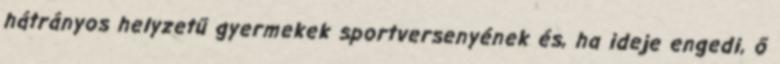
hátrányos helyzetű gyermekek sportversenyének és, ha ideje engedi, ő